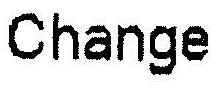
CHANGE